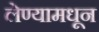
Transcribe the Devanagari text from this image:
लेण्यामधून